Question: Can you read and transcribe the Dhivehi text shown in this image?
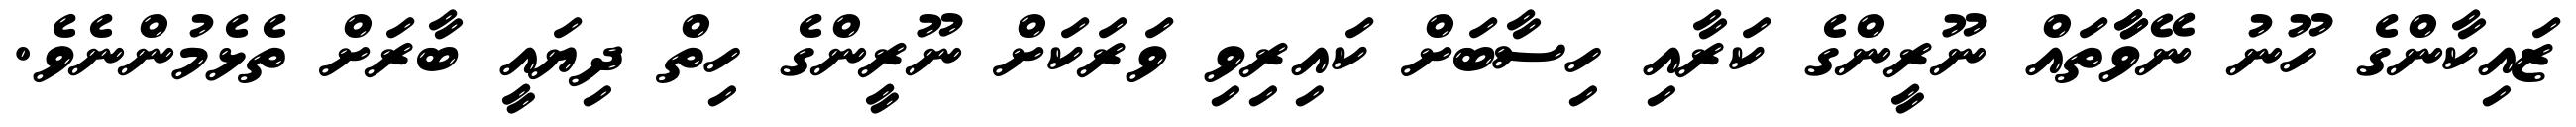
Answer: ޒައިކާންގެ ހޫނު ނޭވާާތައް ނޫރީންގެ ކަރާއި ހިސާބަށް ކައިރިވި ވަރަކަށް ނޫރީންގެ ހިތް ދިޔައީ ބާރަށް ތެޅެމުންނެވެ.